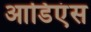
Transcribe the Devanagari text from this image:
आडिएंस